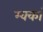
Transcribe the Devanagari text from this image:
म्क्कां